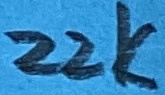
Text: 22K